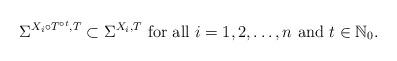
LaTeX: \begin{align*}\Sigma^{X_i\circ T^{\circ t},T}\subset \Sigma^{X_i,T}\mbox{ for all }i=1,2,\ldots,n\mbox{ and }t\in\mathbb{N}_0.\end{align*}